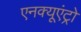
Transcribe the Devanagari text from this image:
एनक्यूएंट्रो